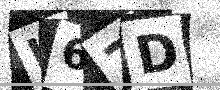
Text: L67D